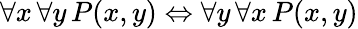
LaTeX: \forall x\, \forall y\, P(x,y)\Leftrightarrow\forall y\, \forall x\, P(x,y)